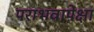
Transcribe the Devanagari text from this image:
पराभवापेक्षा